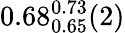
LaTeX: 0.68_{0.65}^{0.73}(2)